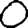
Digit: 0